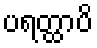
ပရတ္ထာပိ